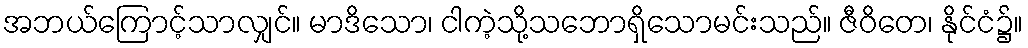
အဘယ်ကြောင့်သာလျှင်။ မာဒိသော၊ ငါကဲ့သို့သဘောရှိသောမင်းသည်။ ဇီဝိတေ၊ နိုင်ငံ၌။